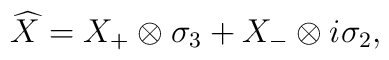
\widehat{X}=X_+\otimes\sigma_3+X_-\otimes i\sigma_2,